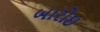
બારોઇ